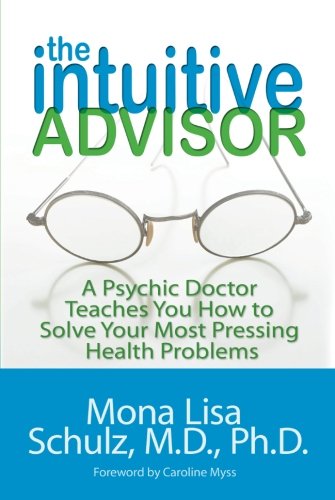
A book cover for The Intuitive Advisor: A Medical Doctor Teaches You How to Solve Your Most Pressing Health Problems; Mona Lisa Schulz M.D.  Ph.D.; Religion & Spirituality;